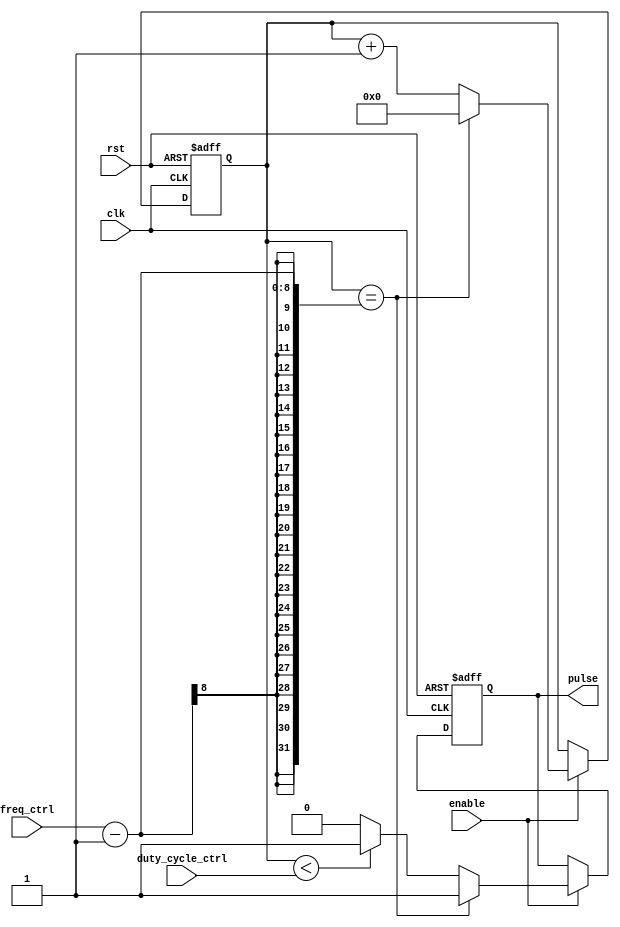
module pulse_generator (
  input clk,
  input rst,
  input enable,
  input [7:0] freq_ctrl,
  input [7:0] duty_cycle_ctrl,
  output reg pulse
);

reg [7:0] counter;
reg pulse_reg;

always @ (posedge clk, posedge rst)
begin
  if (rst == 1'b1) begin
    counter <= 8'h00;
    pulse_reg <= 1'b0;
  end else begin
    if (enable == 1'b1) begin
      if (counter == freq_ctrl - 1) begin
        counter <= 8'h00;
        pulse_reg <= 1'b1;
      end else begin
        counter <= counter + 1;
        if (counter < duty_cycle_ctrl) begin
          pulse_reg <= 1'b1;
        end else begin
          pulse_reg <= 1'b0;
        end
      end
    end
  end
end

assign pulse = pulse_reg;

endmodule